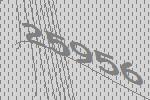
25956